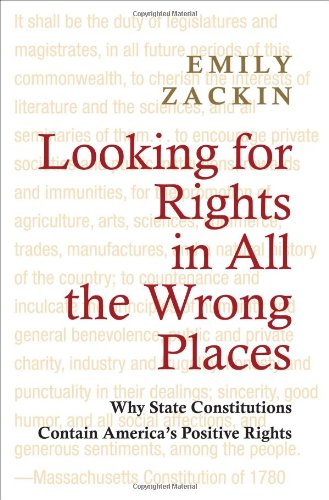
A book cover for Looking for Rights in All the Wrong Places: Why State Constitutions Contain America's Positive Rights (Princeton Studies in American Politics: Historical, International, and Comparative Perspectives); Emily Zackin; Law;